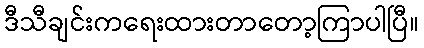
ဒီသီချင်းကရေးထားတာတော့ကြာပါပြီ။